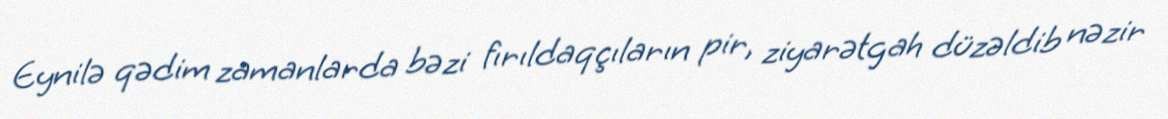
Eynilə qədim zamanlarda bəzi fırıldaqçıların pir, ziyarətgah düzəldib nəzir